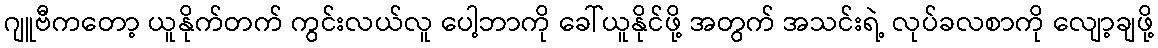
ဂျူဗီကတော့ ယူနိုက်တက် ကွင်းလယ်လူ ပေါ့ဘာကို ခေါ်ယူနိုင်ဖို့ အတွက် အသင်းရဲ့ လုပ်ခလစာကို လျော့ချဖို့